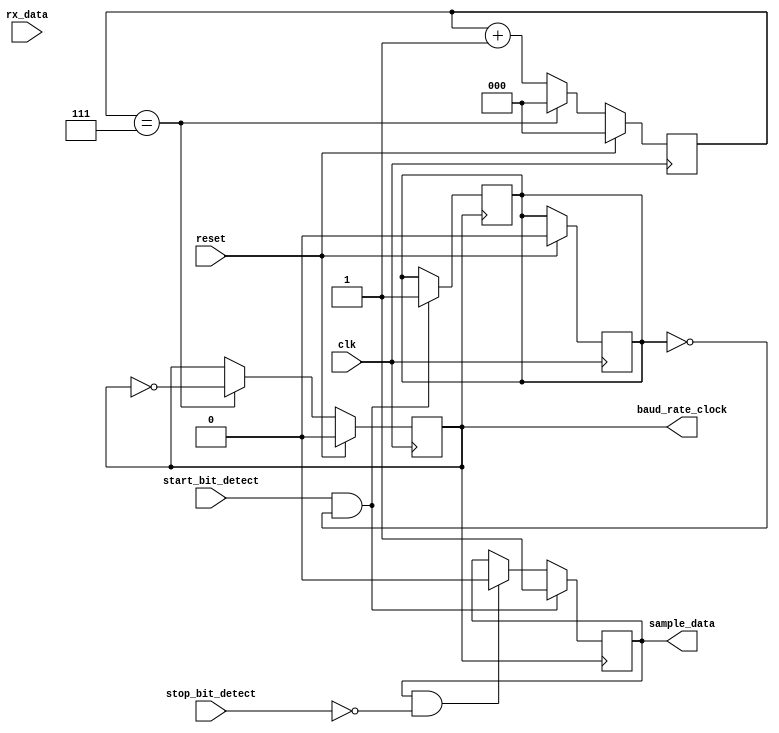
module uart_timing_control_and_sync(
    input clk,
    input reset,
    input rx_data,
    input start_bit_detect,
    input stop_bit_detect,
    output reg baud_rate_clock,
    output reg sample_data
);

reg [2:0] baud_rate_counter;
reg start_bit_detected;
reg [7:0] data_shift_reg;

// generate baud rate clock
always @(posedge clk) begin
    if (reset) begin
        baud_rate_clock <= 1'b0;
        baud_rate_counter <= 3'b0;
        start_bit_detected <= 1'b0;
        data_shift_reg <= 8'b0;
    end else begin
        if (baud_rate_counter == 3'b111) begin
            baud_rate_clock <= ~baud_rate_clock;
            baud_rate_counter <= 3'b0;
        end else begin
            baud_rate_counter <= baud_rate_counter + 1'b1;
        end
    end
end

// sample data bits at correct times
always @(posedge baud_rate_clock) begin
    if (start_bit_detect && !start_bit_detected) begin
        sample_data <= 1'b1;
        start_bit_detected <= 1'b1;
    end else if (sample_data && !stop_bit_detect) begin
        sample_data <= 1'b0;
    end
end

// detect start and stop bits
always @(posedge baud_rate_clock) begin
    if (sample_data) begin
        data_shift_reg <= {data_shift_reg[6:0], rx_data};
    end
end

endmodule